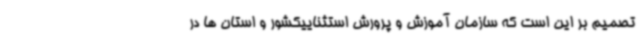
تصمیم بر این است که سازمان آموزش و پرورش استثناییکشور و استان ها در